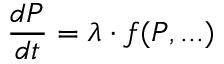
{ \frac { d P } { d t } } = \lambda \cdot f ( P , . . . )